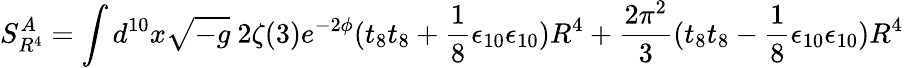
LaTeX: S_{R^{4}}^{A}=\int d^{10}x\sqrt{-g}~2\zeta(3)e^{-2\phi}(t_{8}t_{8}+\frac{1}{8}\epsilon_{10}\epsilon_{10})R^{4}+\frac{2\pi^{2}}{3}(t_{8}t_{8}-\frac{1}{8}\epsilon_{10}\epsilon_{10})R^{4}